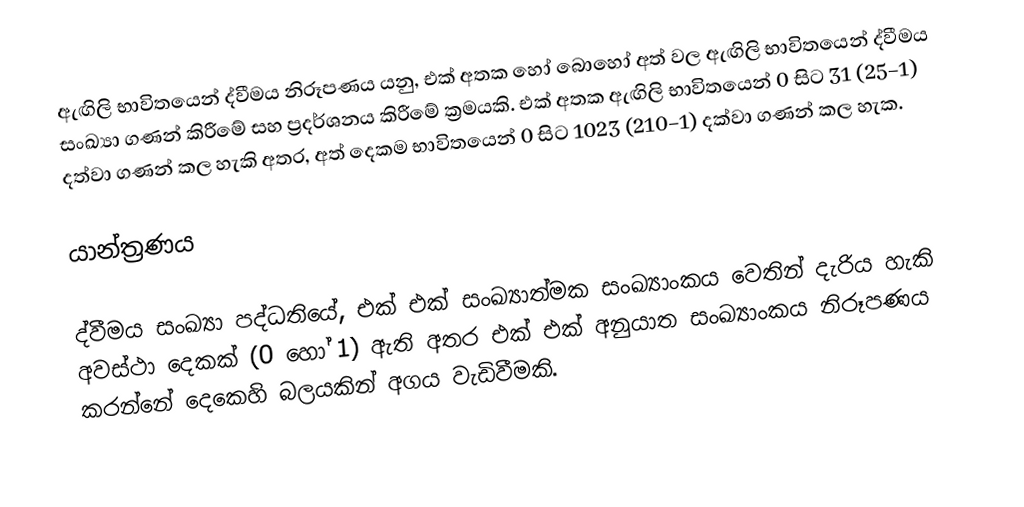
ඇඟිලි භාවිතයෙන් ද්වීමය නිරූපණය යනු,  එක් අතක හෝ බොහෝ අත් වල  ඇඟිලි භාවිතයෙන් ද්වීමය සංඛ්‍යා   ගණන් කිරීමේ සහ ප්‍රදර්ශනය කිරීමේ ක්‍රමයකි. එක් අතක ඇඟිලි භාවිතයෙන්  0 සිට 31 (25−1)  දත්වා ගණන් කල හැකි අතර, අත් දෙකම භාවිතයෙන් 0 සිට 1023 (210−1) දක්වා ගණන් කල හැක.

යාන්ත්‍රණය

ද්වීමය සංඛ්‍යා පද්ධතියේ, එක් එක් සංඛ්‍යාත්මක සංඛ්‍යාංකය වෙතින් දැරිය හැකි අවස්ථා දෙකක් (0 හෝ 1) ඇති අතර එක් එක් අනුයාත සංඛ්‍යාංකය නිරූපණය කරන්නේ දෙකෙහි බලයකින් අගය වැඩිවීමකි.